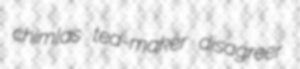
chimlas tea-maker disagreer